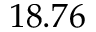
1 8 . 7 6